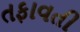
તફાવતી